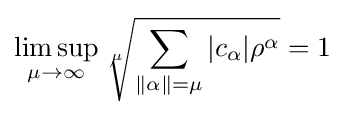
\limsup _{\mu \to \infty }{\sqrt[{\mu }]{\sum _{\|\alpha \|=\mu }|c_{\alpha }|\rho ^{\alpha }}}=1